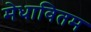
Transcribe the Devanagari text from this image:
मेधावितम